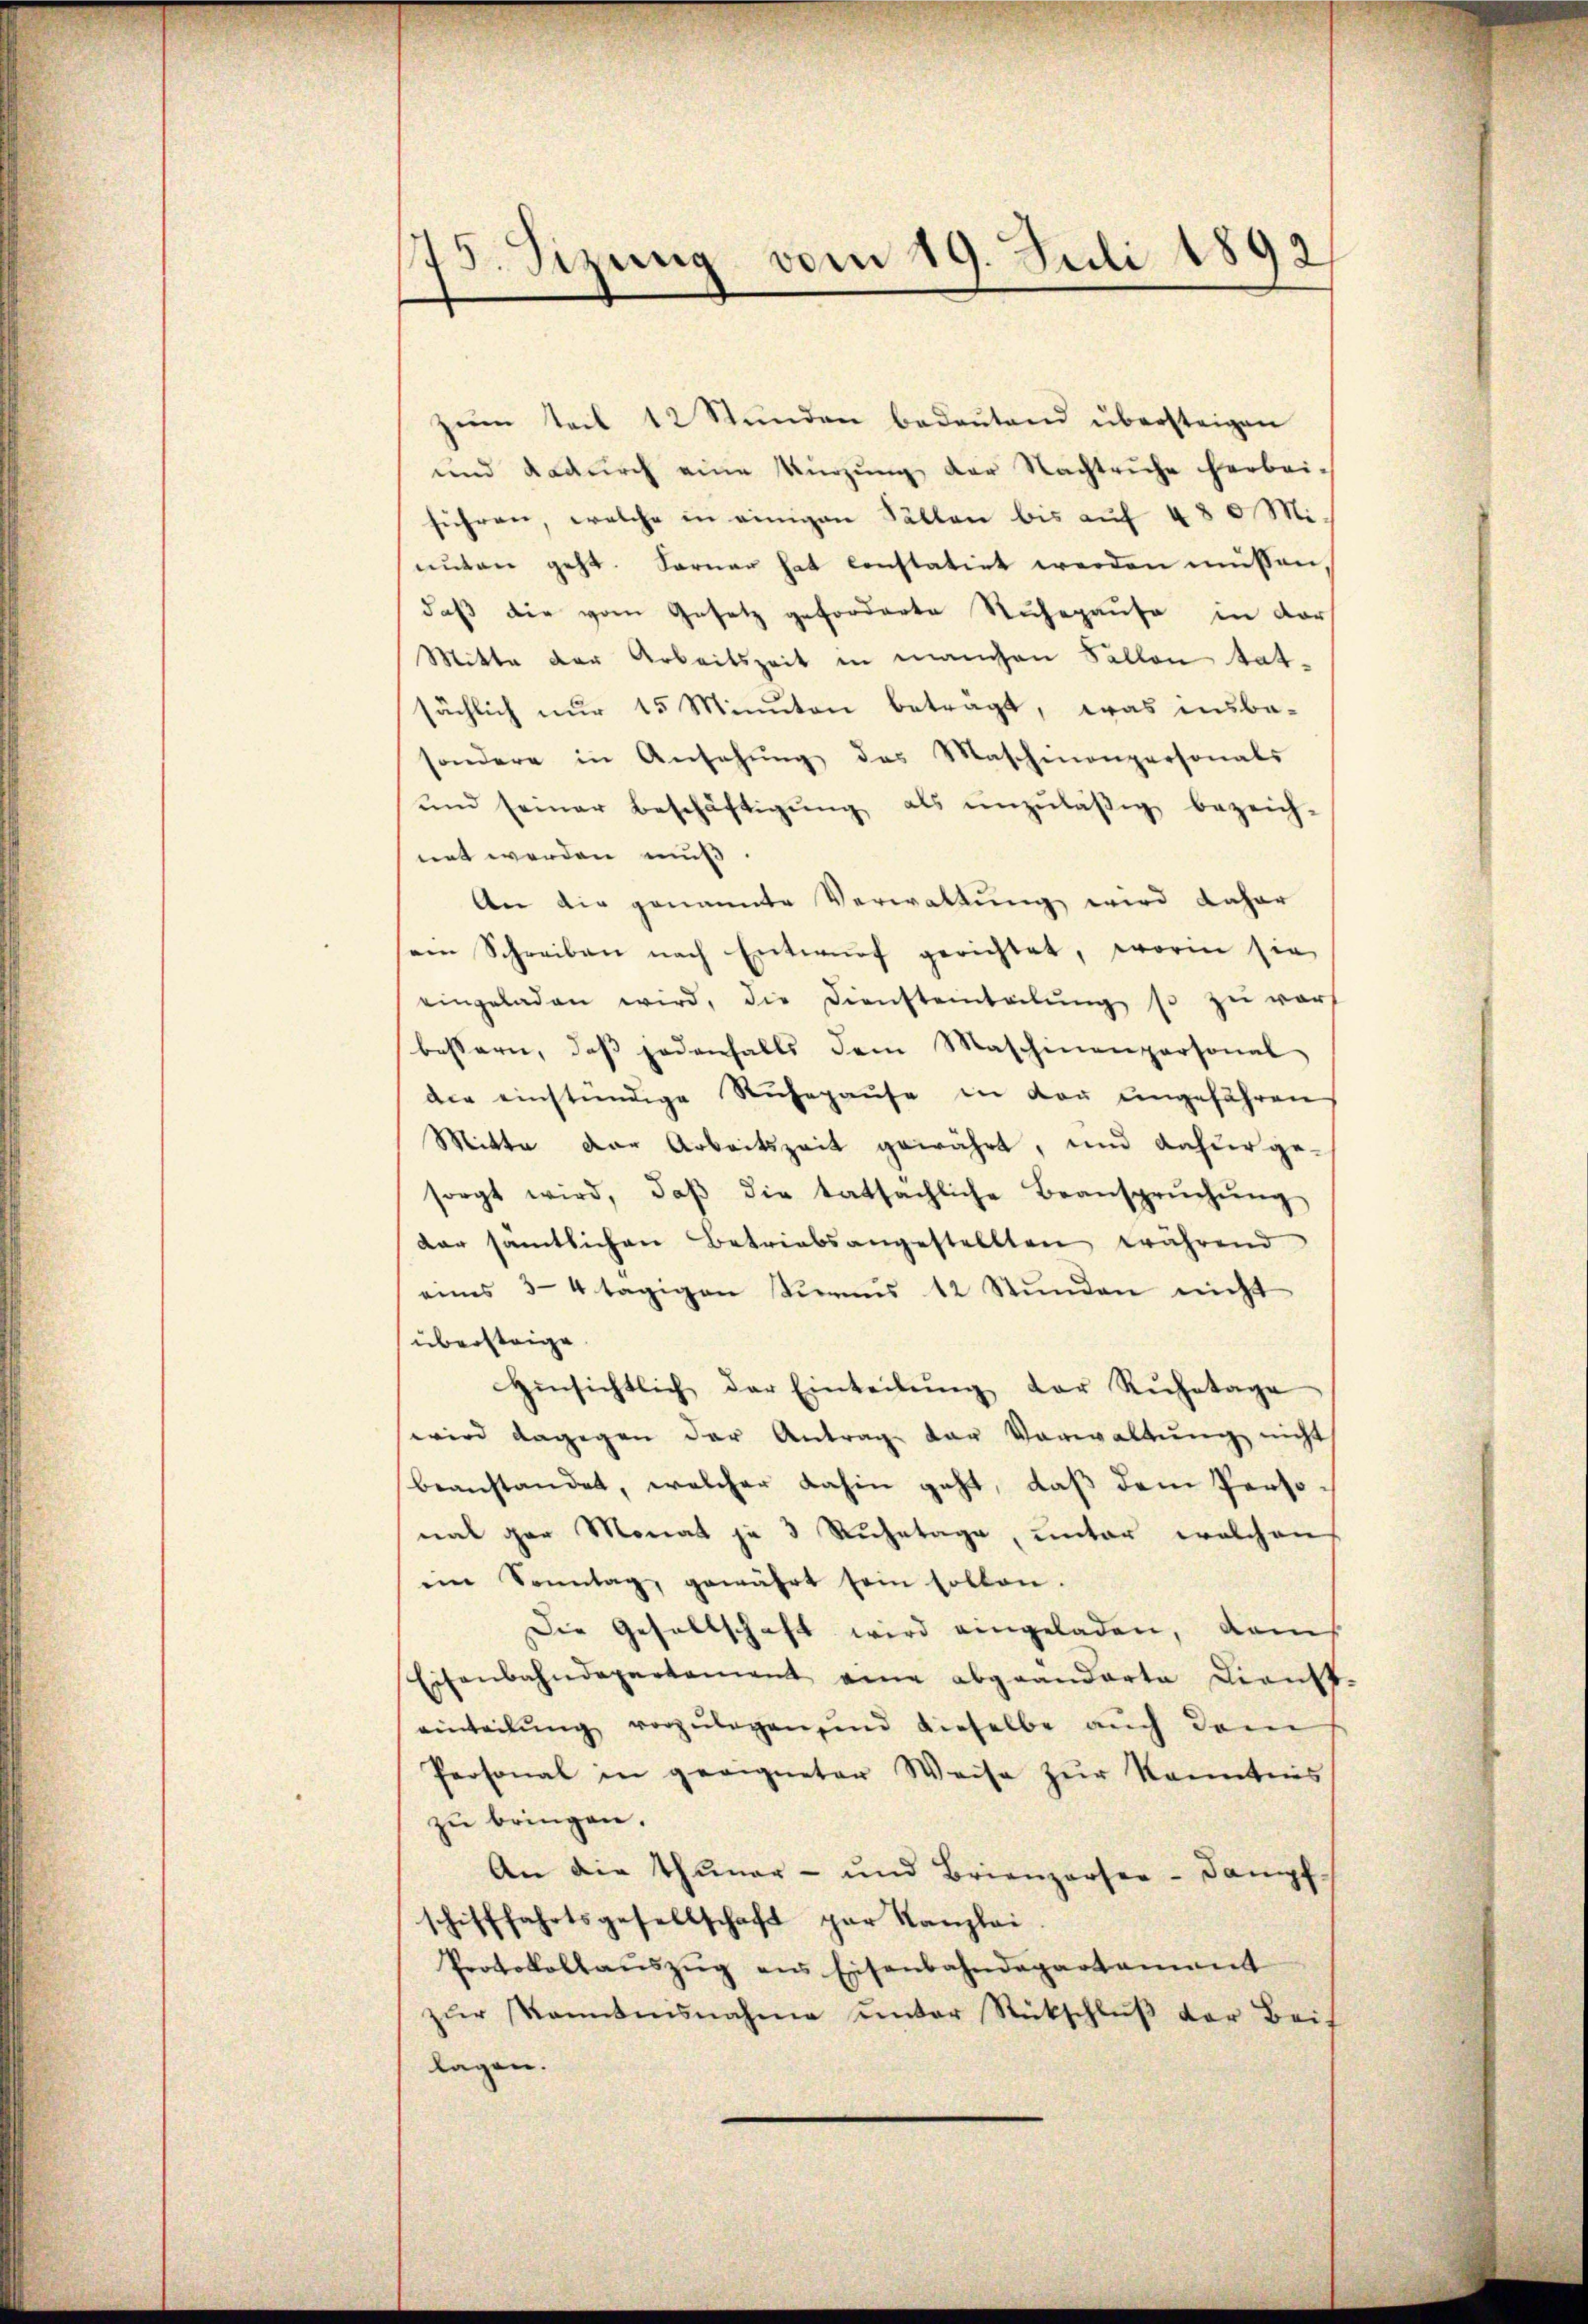
75. Sizung vom 19. Juli 1892

zŭm teil 12 Stunden bedeŭtend übersteigen
und dadurch eine Kürzung der Nachtruhe herbei-
führen, welche in einigen Fällen bis auf 430 Mi-
unten geht. Ferner hat constatirt werden müssen
daß die vom Gesetz geforderte Ruhepause in der
Mitte der Arbeitszeit in manchen Sallen tat-
sächlich nur 15 Minuten betragt, was insbe-
sondere in Ansehŭng des Maschinenpersonals
ŭnd seiner Beschäftigŭng als ŭnzŭläβig bezeich-
net werden muß
An die genannte Verwaltung wird daher
sem Schreiben nach Entwŭrf gerichtet, worin sie
eingeladen wird, die Diensteinteilŭng so zŭ verf
bessern, daβ jedenfalls dem Maschinenpersonal
die einstündige Ruhepause in der ungefahren
Mitte der Arbeitszeit gewährt, und daher ge-
sorgt wird, daβ die tatsächliche Beansprŭchŭng
dar sämtlichen Betriebsangestellten während
eines 3-4 tägigen Kurms 12 Stunden nicht
übersteige
hinsichtlich der Einteilŭng der Ruhetage
wird dagegen der Antrage der Verwaltŭng nicht
beanstandet, welcher dahin geht, daß dem Personal gar Monat je 3 Ruhetage, unter welchen
ein Sonntag, gewährt sein sollen.
Die Gesellschaft wird eingeladen, dann
Eisenbahndepartament eine abgeänderte Dienst-
einteilŭng vorzŭlegen und dieselbe aŭch dem
Personal in geeigneter Weise zŭr Kenntnis
zu bringen.
An die Thuner- und Brienzarsen-Dampf
schifffahrtsgesellschaft par Kanzlei
Protokollaŭszŭg ans Eisenbahndepartament
zŭr Kenntnisnahme ŭnter Rückschlŭβ der Beis
lagen.